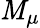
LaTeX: \mathit{M}_{\mu}